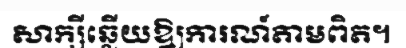
សាក្សីឆ្លើយឱ្យការណ៍តាមពិត។